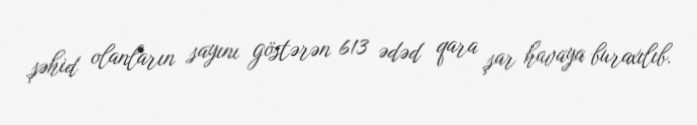
şəhid olanların sayını göstərən 613 ədəd qara şar havaya buraxılıb.